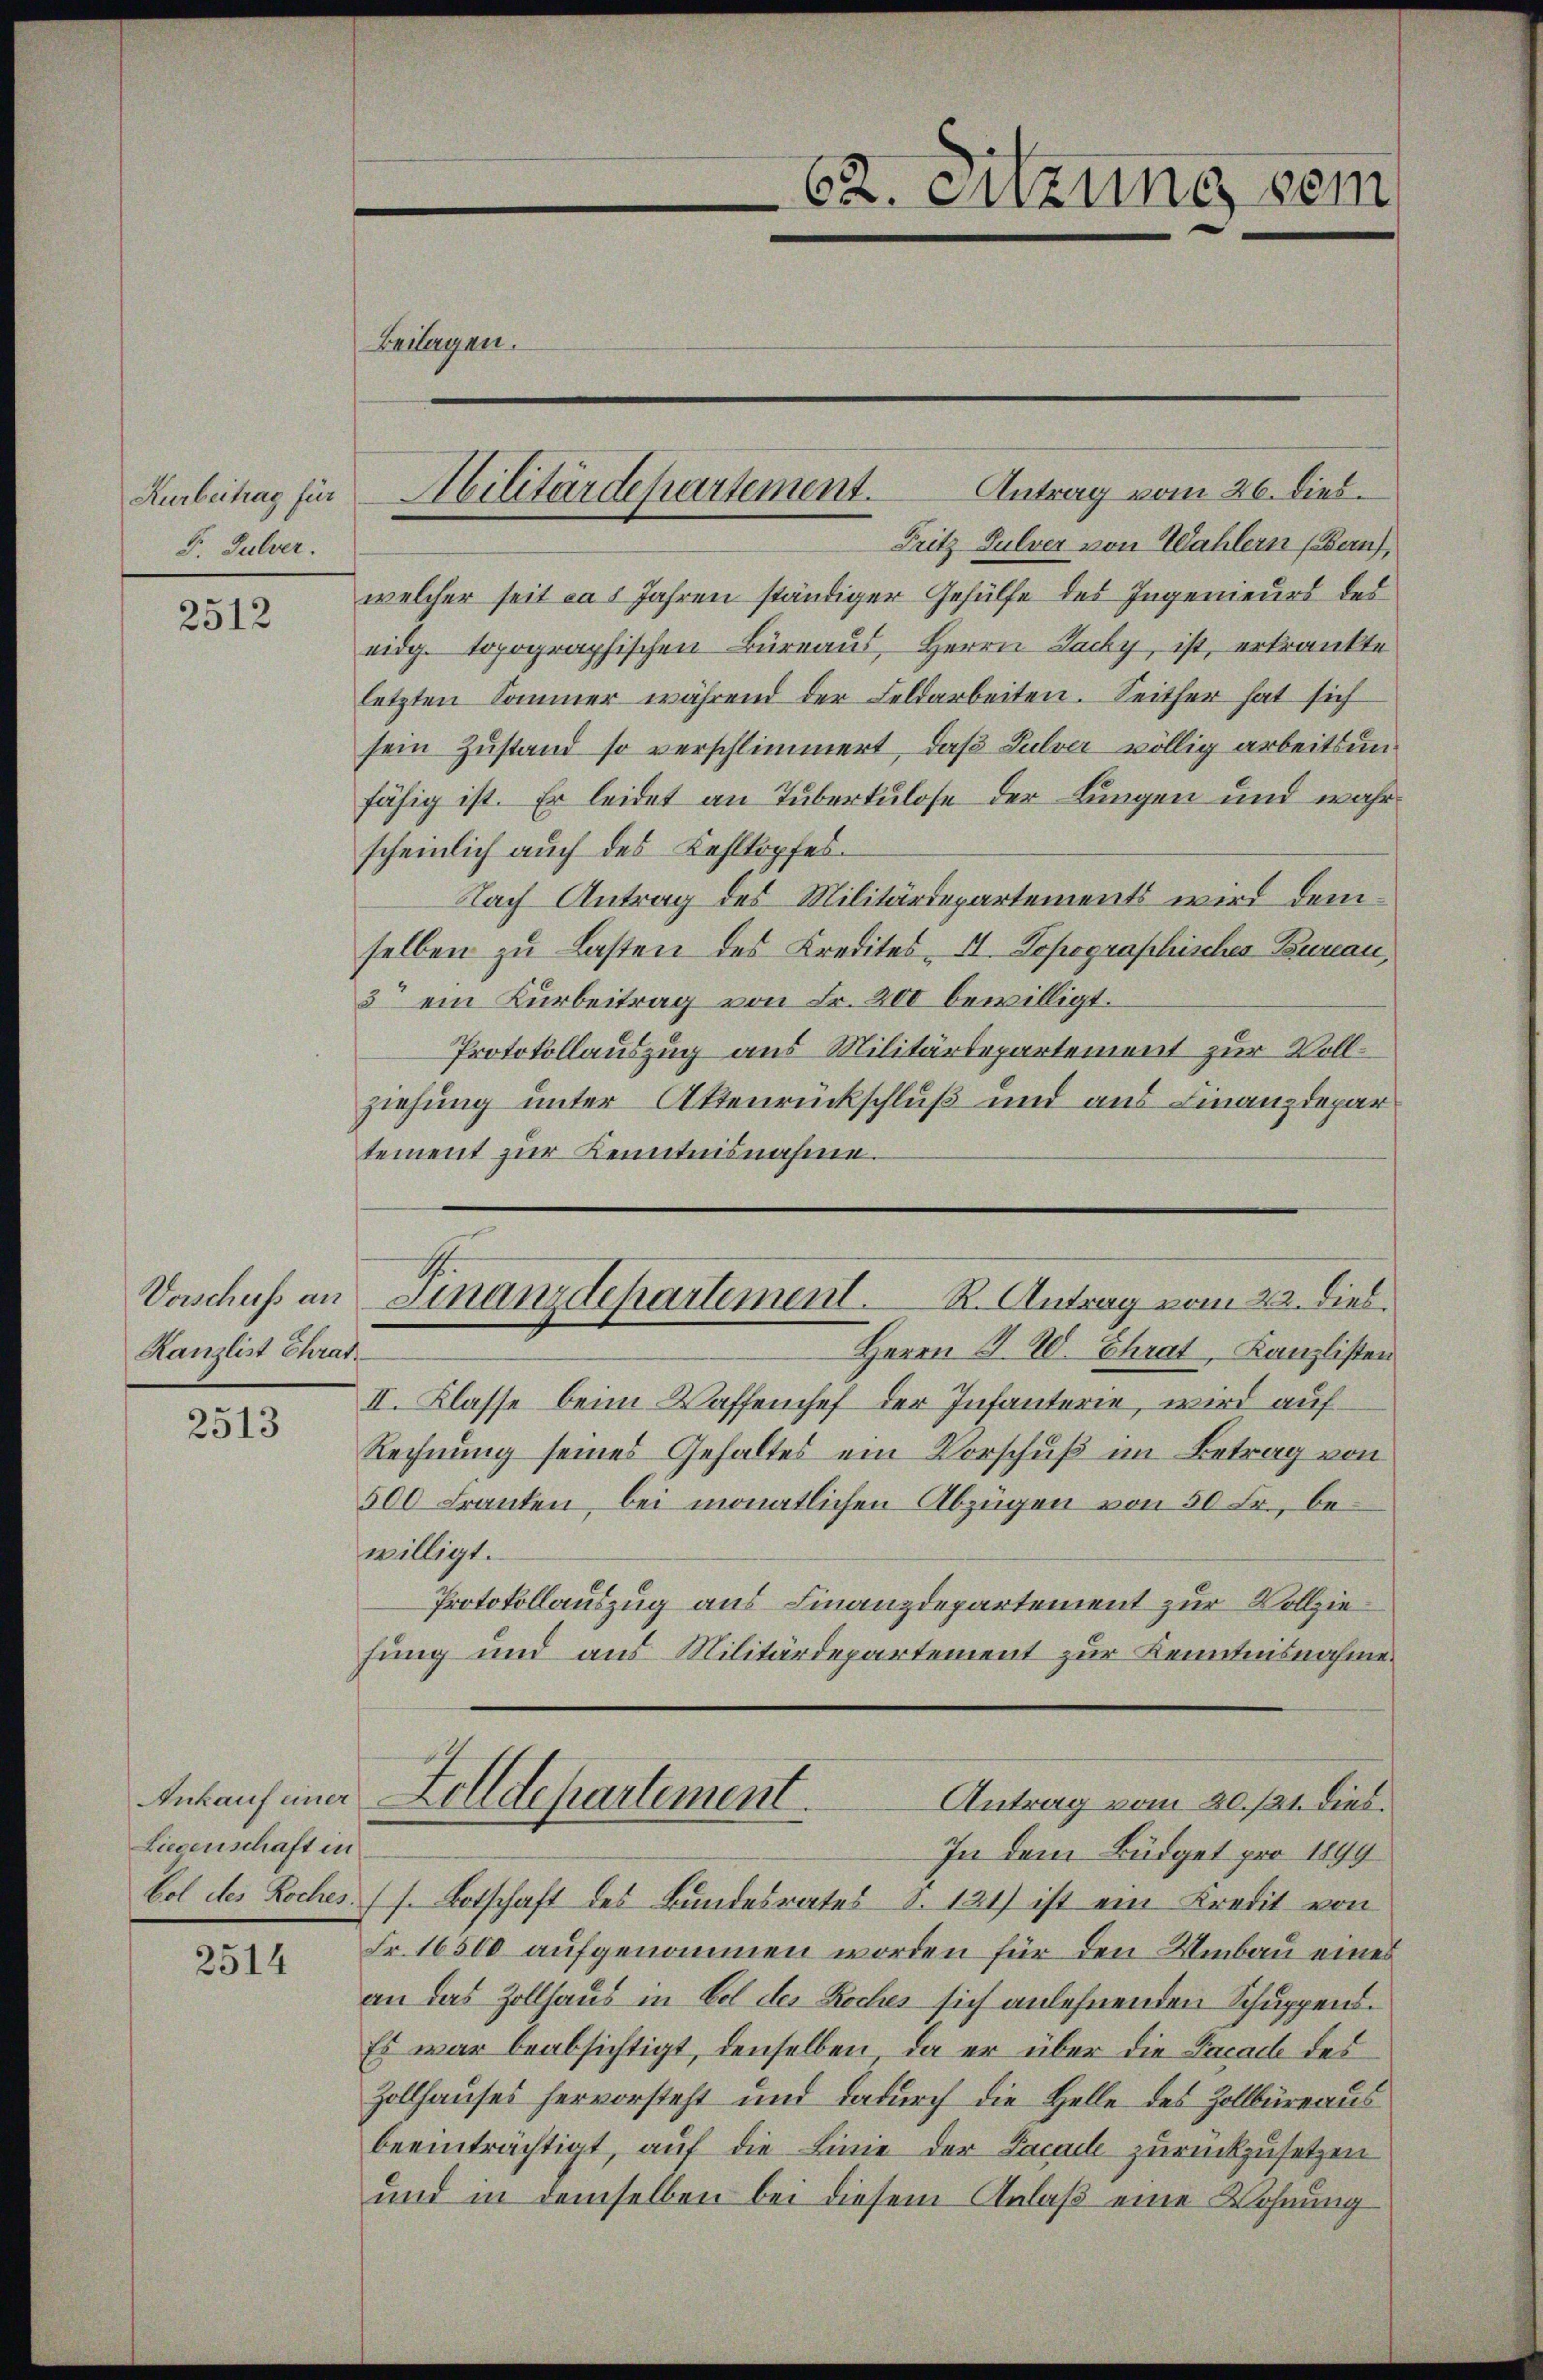
Kurbeitrag für
F. Pulver.

2512

Vorschuss an
Kanzlist Chrat

2513

Ankauf einer
Liegenschaft in

2514

Beilagen.

Antrag vom 26. dies
Fritz Pulver von Wahlern (Bauf,
welcher seit das Jahren ständiger Gehülfe des Ingenieurs des
eidg. topographischen Büreaus, Herrn Lacky, ist, erkrankte
letzten Sommer während der Feldarbeiten. Seither hat sich
sein Zustand so verschlimmert, daß Lulver völlig arbeitsunfähig ist. Er leidet an Tuberkulose der Lungen und wahr
scheinlich auch des Kehlkopfes.
Nach Antrag des Militärdepartements wird demselben zu Lasten des Kredites II. Topographisches Bureau,
3 ein Kürbeitrag von Fr. 200 bewilligt.
Protokollauszug aus Militärdepartement zur Vollziehung unter Aktenrückschluß und aus Finanzdepartement zur Kenntnisnahme.
Finanzdepartement. R. Antrag vom 22. dies.
Herrn S. 20. Chrat, Kanzlisten
II. Klasse beim Waffenchef der Infanterie, wird auf¬
Rechnung seines Gehaltes ein Vorschuß im Betrag von
500 Franten, bei monatlichen Abzügen von 50 Fr., bewilligt.
Protokollauszug aus Finanzdepartement zur Vollziefung und aus Militärdepartement zur Kenntnisnahme
Zolldepartement.
 Antrag vom 20./21. dies.
In dem Büdget pro 1899
bol des Koches (s. Botschaft des Bundesrates S. 121) ist ein Kredit von
Fr. 16500 aufgenommen worden für den Umbau eines
an das Zollhaus in bel des Roches sich anlehnenden Schuppend¬
Es war beabsichtigt, denselben, da er über die Facade des
Zollhauses hervorsteht und dadurch die Helle des Zollbüreaus
beeinträchtigt, auf die Linie der Facael zurückzusetzen
und in demselben bei diesem Anlaß eine Wohnung

Abilitärdepartement.

62. Sitzung sein